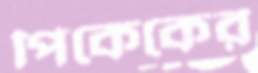
পিকেকের